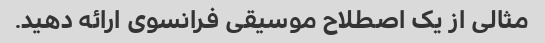
مثالی از یک اصطلاح موسیقی فرانسوی ارائه دهید.